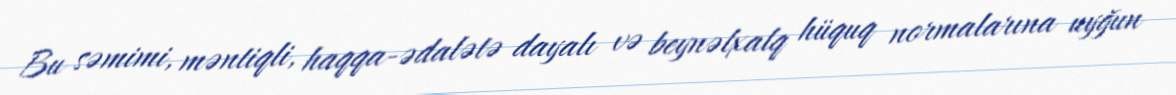
Bu səmimi, məntiqli, haqqa-ədalətə dayalı və beynəlxalq hüquq normalarına uyğun